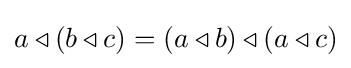
a\triangleleft (b\triangleleft c)=(a\triangleleft b)\triangleleft (a\triangleleft c)